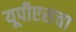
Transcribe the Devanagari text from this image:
यूपीएसचा